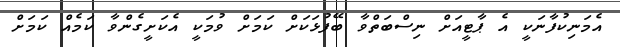
އެމަނިކުފާނަކީ އެ ޕާޓީއަށް ނިސްބަތްވާ ބޭފުޅަކަށް ކަމަށް ވުމަކީ އެކަށީގެންވާ ކަމެއް ކަމަށް